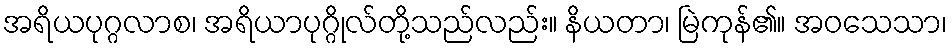
အရိယပုဂ္ဂလာစ၊ အရိယာပုဂ္ဂိုလ်တို့သည်လည်း။ နိယတာ၊ မြဲကုန်၏။ အဝသေသာ၊